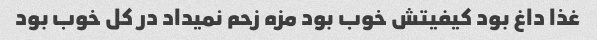
غذا داغ بود کیفیتش خوب بود مزه زحم نمیداد در کل خوب بود